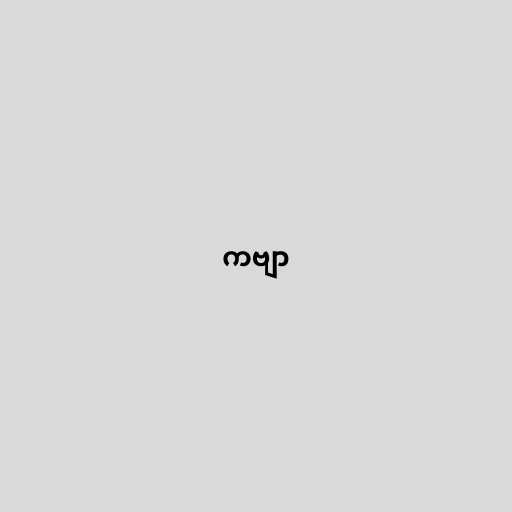
ကဗျာ